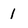
Character: 1